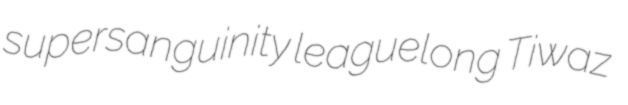
supersanguinity leaguelong Tiwaz